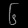
Digit: ၆